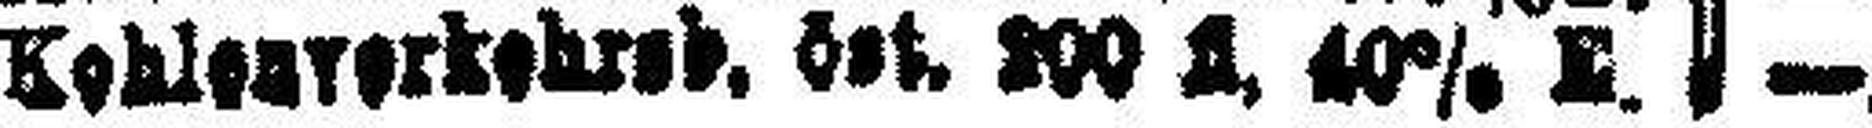
Kehlenverkehrab, öst. 200 fl. 40% E.